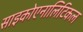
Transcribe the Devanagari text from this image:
साइकोएनालिटिकल